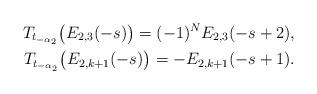
LaTeX: \begin{align*}T_{t_{-\alpha_2}}\big(E_{2,3}(-s)\big) = (-1)^N E_{2,3}(-s+2), \\T_{t_{-\alpha_2}}\big(E_{2,k+1}(-s)\big) = -E_{2,k+1}(-s+1) . \end{align*}